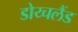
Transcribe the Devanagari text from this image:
डोय्चलैंड